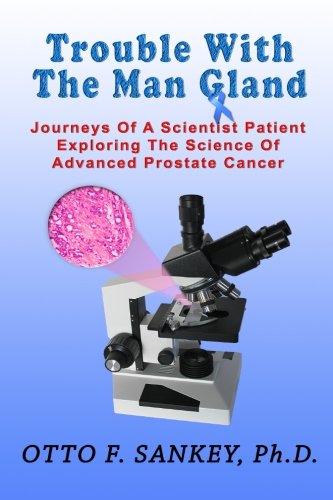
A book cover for Trouble With The Man Gland: Journeys Of a Scientist Patient Exploring The Science of Advanced Prostate Cancer; Otto F Sankey; Health, Fitness & Dieting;